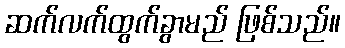
ဆက်လက်ထွက်ခွာမည် ဖြစ်သည်။